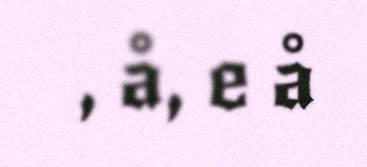
, å, e å